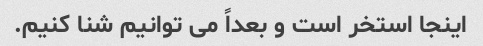
اینجا استخر است و بعداً می توانیم شنا کنیم.